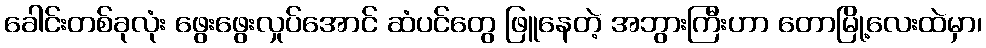
ခေါင်းတစ်ခုလုံး ဖွေးဖွေးလှုပ်အောင် ဆံပင်တွေ ဖြူနေတဲ့ အဘွားကြီးဟာ တောမြို့လေးထဲမှာ၊